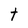
Character: t